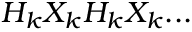
H _ { k } X _ { k } H _ { k } X _ { k } . . .